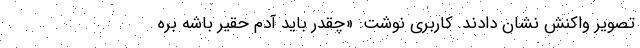
تصویر واکنش نشان دادند. کاربری نوشت: «چقدر باید آدم حقیر باشه بره